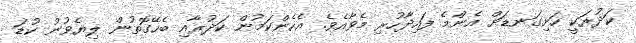
ކަދުރަކީ ހަށިގަނޑަށް އެންމެ ފައިދާހުރި މެވާއެވެ. އެހެންކަމުން ކަދުރާއި ބެހޭގޮތުން ލިޔެވުނު ކުޑަ